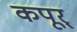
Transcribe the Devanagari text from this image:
कपूर्